Annual report of the Punjab Veterinary College and of the Civil Veterinary Department, Punjab - 1926-1932
Year: 1926
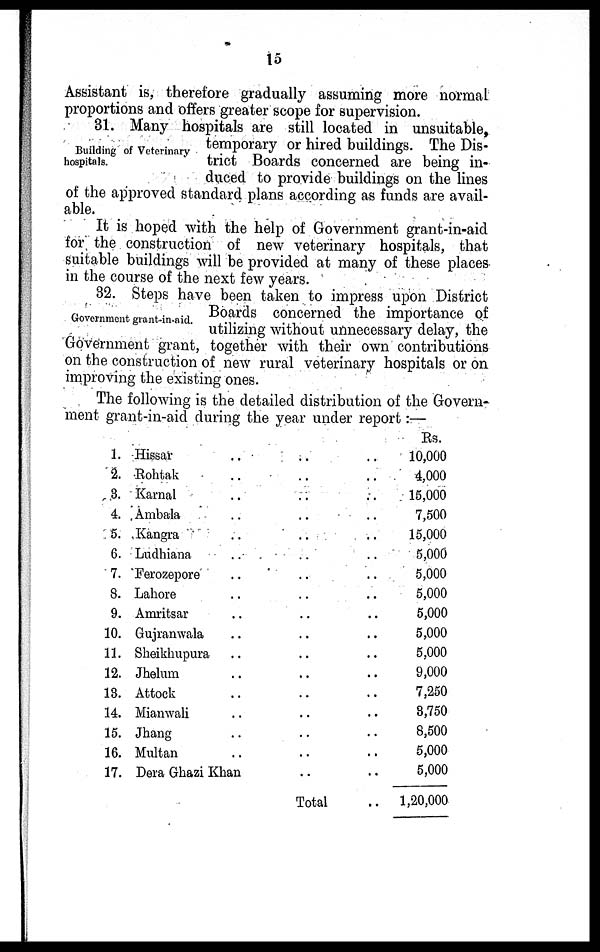
15
Assistant- is, therefore gradually assuming more normal
proportions and offers greater scope for supervision.
Building of Veterinary
hospitals.
31. Many hospitals are still located in unsuitable,
temporary or hired buildings. The Dis-
trict Boards concerned are being in-
duced to provide buildings on the lines
of the approved standard plans according as funds are avail-
able.
It is hoped with the help of Government grant-in-aid
for the construction of new veterinary hospitals, that
suitable buildings will be provided at many of these places
in the course of the next few years.
Government grant-in-aid.
32. Steps have been taken to impress upon District
Boards concerned the importance of
utilizing without unnecessary delay, the
Government grant, together with their own contributions
on the construction of new rural veterinary hospitals or on
improving the existing ones.
The following is the detailed distribution of the Govern-
ment grant-in-aid during the year under report :—
1.
2.
3.
4.
5.
6.
7.
8.
9.
10.
11.
12.
13.
14.
15.
10.
17.
Hissar .. .. ..
Rohtak .. .. ..
Karnal .. .. ..
Ambala .. .. ..
Kangra .. .. ..
Ludhiana .. .. ..
Ferozepore .. .. ..
Lahore .. .. ..
Amritsar .. .. ..
Gujranwala .. .. ..
Sheikhupura .. .. ..
Jhelum .. .. ..
Attook .. .. ..
Mianwali .. .. ..
Jhang .. .. ..
Multan .. .. ..
Dera Ghazi Khan .. .. ..
Total ..
Rs.
10,000
4,000
15,000
7,500
15,000
5,000
5,000
5,000
5,000
5,000
5,000
9,000
7,250
3,750
8,500
5,000
5,000
1,20,000